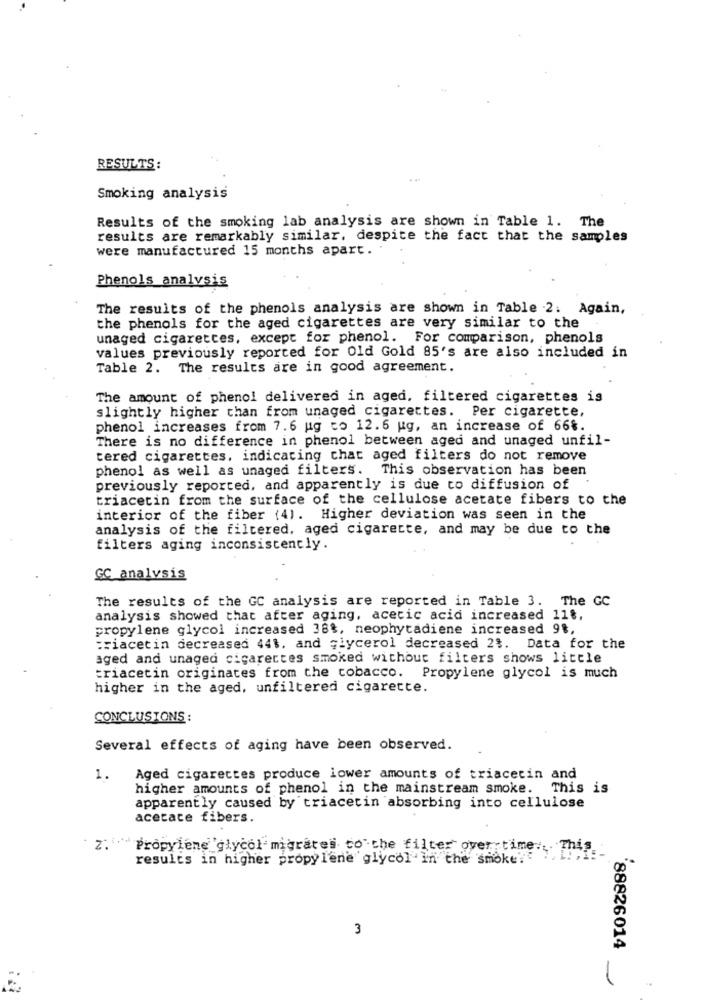
RESULTS:
Smoking analysis
Results of the smoking lab analysis are shown in Table 1. The
results are remarkably similar, despite the fact that the samples
were manufactured 15 months apart. .
Phenols analysis
The results of the phenols analysis are shown in Table .2: Again,
the phenols for the aged cigarettes are very similar to the
unaged cigarettes, except for phenol. For comparison, phenols
values previously reported for Old Gold 85's are also included in
Table 2. The results are in good agreement.
The amount of phenol delivered in aged, filtered cigarettes is
slightly higher than from unaged cigarettes. Per cigarette,
phenol increases from 7.6 ug to 12.6 ug, an increase of 66%.
There is no difference in phenol between aged and unaged unfil-
tered cigarettes, indicating that aged filters do not remove
phenol as well as unaged filters. This observation has been
previously reported, and apparently is due to diffusion of
triacetin from the surface of the cellulose acetate fibers to the
interior of the fiber (4). Higher deviation was seen in the
analysis of the filtered, aged cigarette, and may be due to the
filters aging inconsistently.
GC analysis
The results of the GC analysis are reported in Table 3. The GC
analysis showed that after aging, acetic acid increased 11%,
propylene glycol increased 38%, neophytadiene increased 9%,
:riacetin decreased 441. and glycerol decreased 2%. Data for the
aged and unaged cigarettes smoked without filters shows little
triacetin originates from the tobacco. Propylene glycol is much
higher in the aged, unfiltered cigarette.
CONCLUSIONS:
Several effects of aging have been observed.
1.
Aged cigarettes produce lower amounts of triacetin and
higher amounts of phenol in the mainstream smoke. This is
apparently caused by triacetin absorbing into cellulose
acerace fibers.
2. Propylene glycol migrates to the filter over time ... This
results in higher propylene glycol in the smoke?
3
88826014